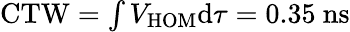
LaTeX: \begin{array}{r}{\mathrm{CTW}=\int V_{\mathrm{HOM}}\mathrm{d}\tau=0.35\ \mathrm{ns}}\end{array}